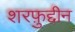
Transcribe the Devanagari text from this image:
शरफ़ुद्दीन